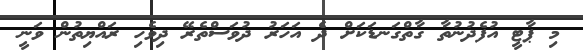
މި ޕާޓީ އުފެދުނުތާ ގާތްގަނޑަކަށް ދެ އަހަރު ދުވަސްތެރޭ ދިވެހި ރައްޔިތުން ވަނީ